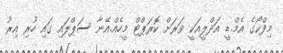
މިފްކޯގެ އެމް.ޑީ އަދްލީއަކީ ވަރަށް ކޮރަޕްޓް މީހެއް.އޭނާ ސަޕްލައި ގައި ހުރި އިރު